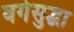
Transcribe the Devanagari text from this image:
वर्गसुद्धा